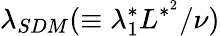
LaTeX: \lambda_{SDM}(\equiv\lambda_{1}^{*}L^{*^{2}}/\nu)